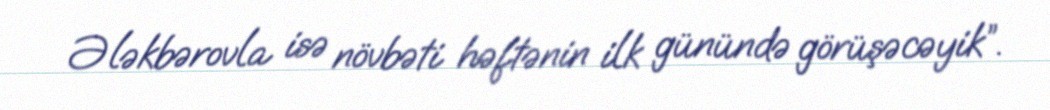
Ələkbərovla isə növbəti həftənin ilk günündə görüşəcəyik”.